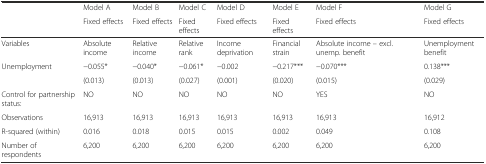
<table><thead><tr><td></td><td><b>Model A</b></td><td><b>Model B</b></td><td><b>Model C</b></td><td><b>Model D</b></td><td><b>Model E</b></td><td><b>Model F</b></td><td><b>Model G</b></td></tr><tr><td></td><td><b>Fixed effects</b></td><td><b>Fixed effects</b></td><td><b>Fixed effects</b></td><td><b>Fixed effects</b></td><td><b>Fixed effects</b></td><td><b>Fixed effects</b></td><td><b>Fixed effects</b></td></tr></thead><tbody><tr><td>Variables</td><td>Absolute income</td><td>Relative income</td><td>Relative rank</td><td>Income deprivation</td><td>Financial strain</td><td>Absolute income – excl. unemp. benefit</td><td>Unemployment benefit</td></tr><tr><td>Unemployment</td><td>−0.055*</td><td>−0.040*</td><td>−0.061*</td><td>−0.002</td><td>−0.217***</td><td>−0.070***</td><td>0.138***</td></tr><tr><td></td><td>(0.013)</td><td>(0.013)</td><td>(0.027)</td><td>(0.001)</td><td>(0.020)</td><td>(0.015)</td><td>(0.029)</td></tr><tr><td>Control for partnership status:</td><td>NO</td><td>NO</td><td>NO</td><td>NO</td><td>NO</td><td>YES</td><td>NO</td></tr><tr><td>Observations</td><td>16,913</td><td>16,913</td><td>16,913</td><td>16,913</td><td>16,913</td><td>16,913</td><td>16,912</td></tr><tr><td>R-squared (within)</td><td>0.016</td><td>0.018</td><td>0.015</td><td>0.015</td><td>0.002</td><td>0.049</td><td>0.108</td></tr><tr><td>Number of respondents</td><td>6,200</td><td>6,200</td><td>6,200</td><td>6,200</td><td>6,200</td><td>6,200</td><td>6,200</td></tr></tbody></table>